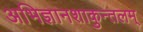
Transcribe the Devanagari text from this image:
अभिज्ञानशाकुन्तलम्‌